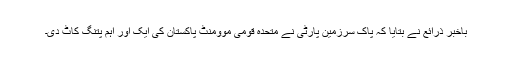
باخبر ذرائع نے بتایا کہ پاک سرزمین پارٹی نے متحدہ قومی موومنٹ پاکستان کی ایک اور اہم پتنگ کاٹ دی۔